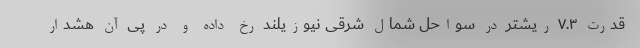
قدرت ۷.۳ ریشتر در سواحل شمال شرقی نیوزیلند رخ داده و در پی آن هشدار